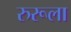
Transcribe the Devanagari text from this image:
रुरूला